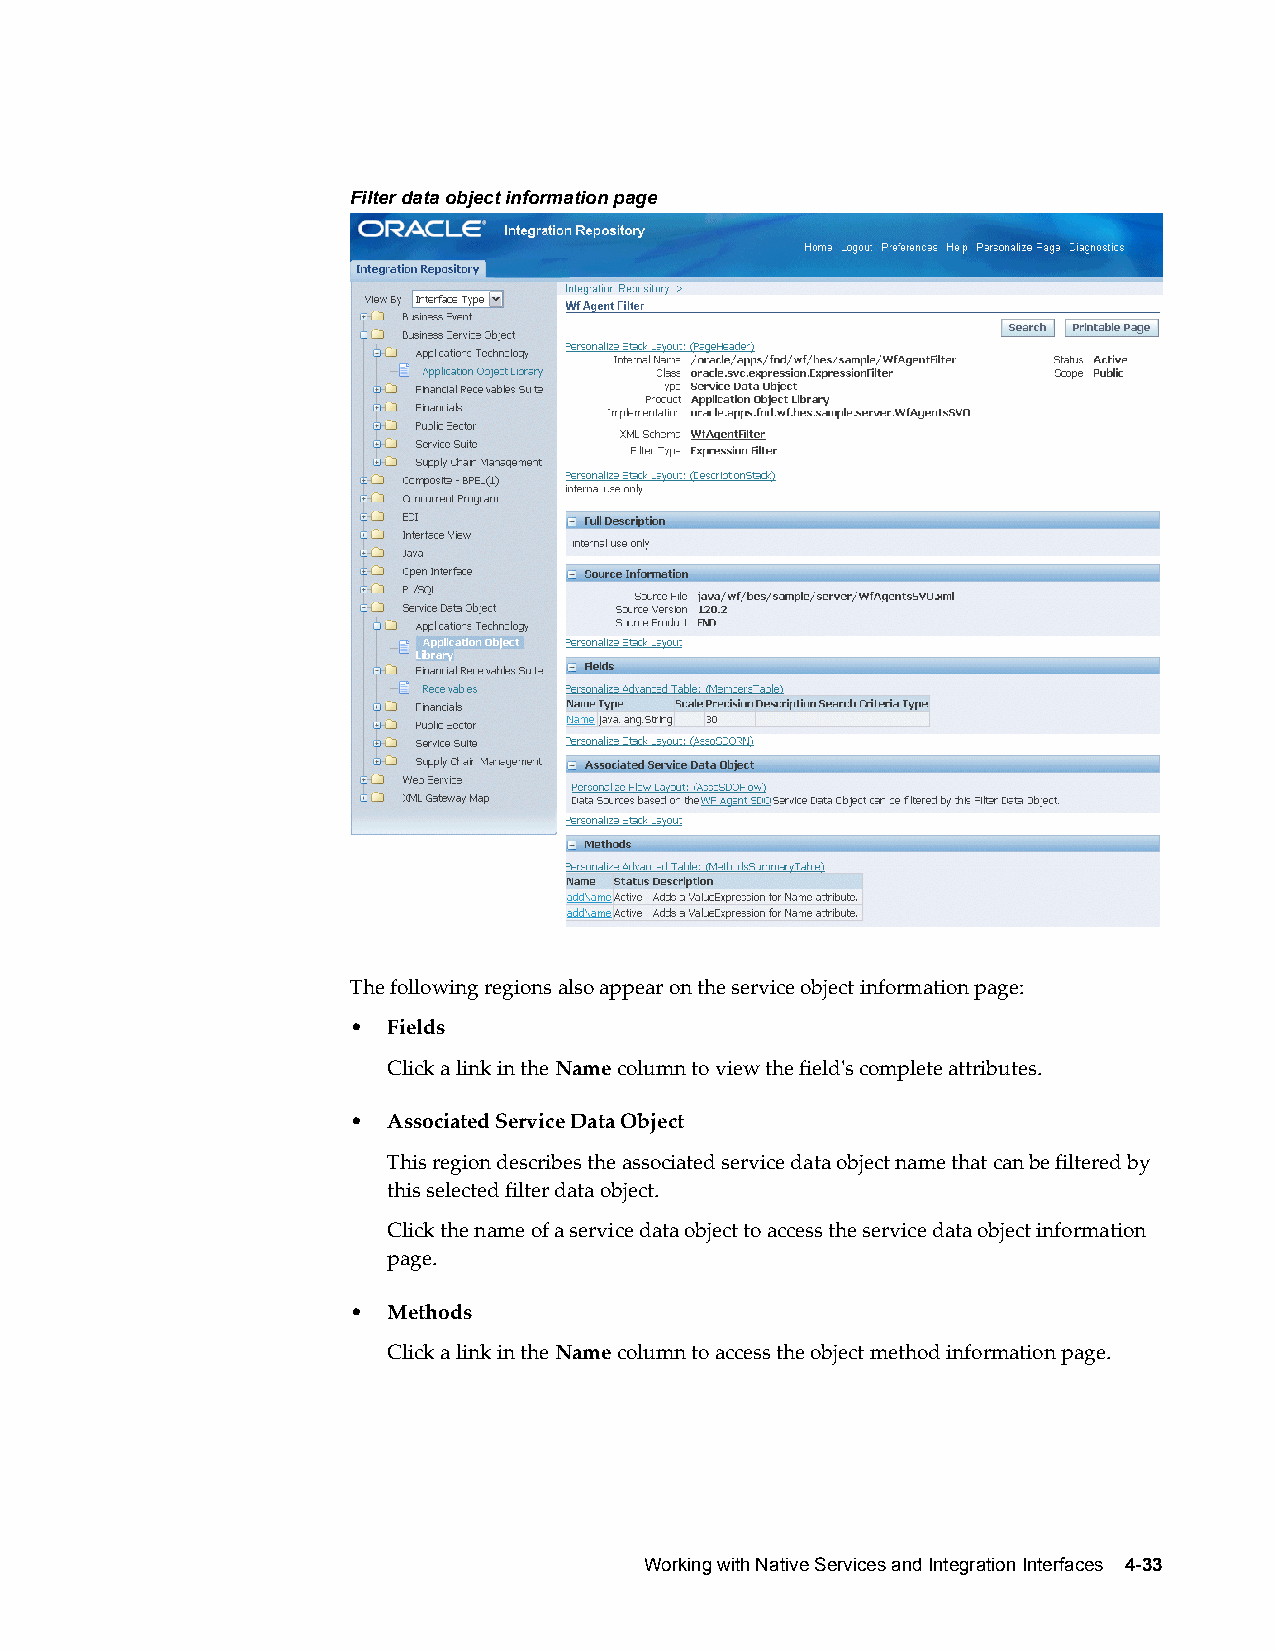
Filter data object information page
 The following regions also appear on the service object information page:
 •  Fields
 Click a link in the Name column to view the field's complete attributes.
 •  Associated Service Data Object
 This region describes the associated service data object name that can be filtered by
 this selected filter data object.
 Click the name of a service data object to access the service data object information
 page.
 •  Methods
 Click a link in the Name column to access the object method information page.
 Working with Native Services and Integration Interfaces 4-33